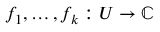
f _ { 1 } , \dots , f _ { k } : U \to \mathbb { C }